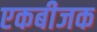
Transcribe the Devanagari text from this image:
एकबीजक